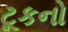
ટૂકનો